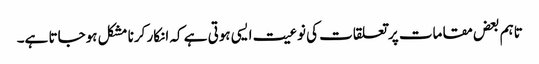
تاہم بعض مقامات پر تعلقات کی نوعیت ایسی ہوتی ہے کہ انکار کرنا مشکل ہوجاتا ہے۔